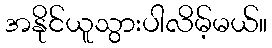
အနိုင်ယူသွားပါလိမ့်မယ်။